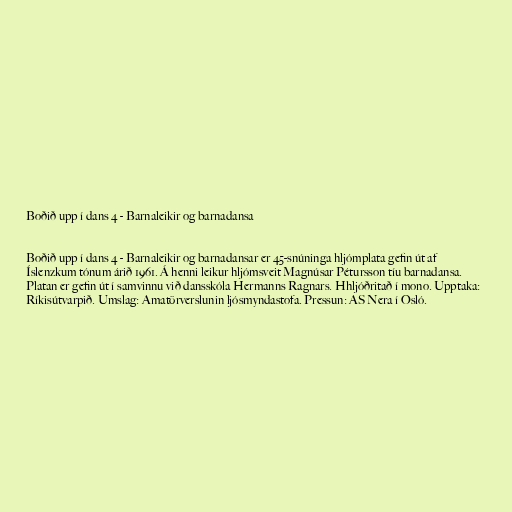
Boðið upp í dans 4 - Barnaleikir og barnadansa

Boðið upp í dans 4 - Barnaleikir og barnadansar er 45-snúninga hljómplata gefin út af
Íslenzkum tónum árið 1961. Á henni leikur hljómsveit Magnúsar Pétursson tíu barnadansa.
Platan er gefin út í samvinnu við dansskóla Hermanns Ragnars. Hhljóðritað í mono. Upptaka:
Ríkisútvarpið. Umslag: Amatörverslunin ljósmyndastofa. Pressun: AS Nera í Osló.